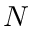
N